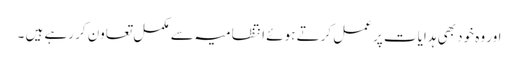
اور وہ خود بھی ہدایات پر عمل کرتے ہوئے انتظامیہ سے مکمل تعاون کر رہے ہیں ۔